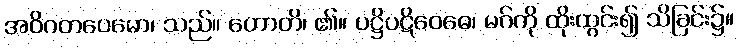
အဝိဂတပေမော၊ သည်။ ဟောတိ၊ ၏။ ပဋ္ဌိပဋိဝေဓေ၊ မဂ်ကို ထိုးထွင်း၍ သိခြင်း၌။